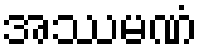
အဿမဏံ